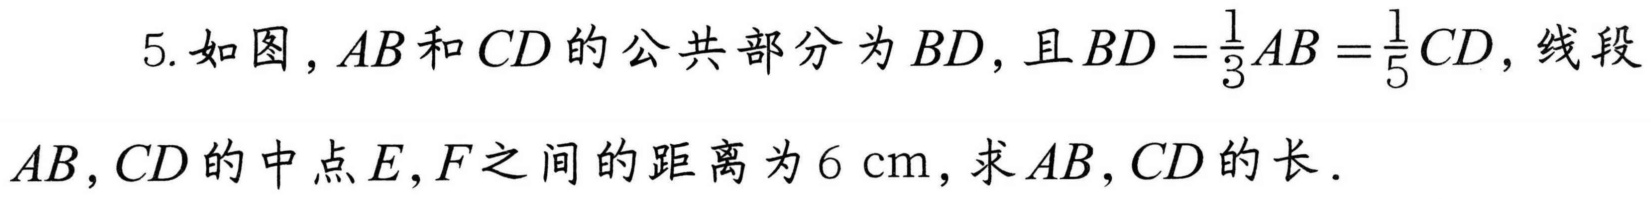
5. 如图，$AB$和$CD$的公共部分为$BD$，且$BD=\frac{1}{3}AB=\frac{1}{5}CD$，线段
$AB,CD$的中点$E,F$之间的距离为$6\mathrm{cm}$，求$AB,CD$的长．